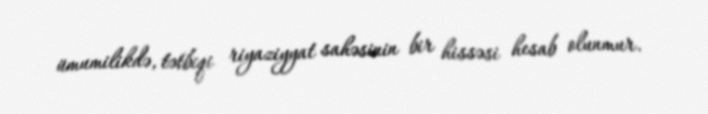
ümumilikdə, tətbiqi riyaziyyat sahəsinin bir hissəsi hesab olunmur.